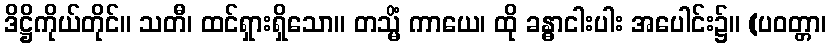
ဒိဋ္ဌိကိုယ်တိုင်။ သတီ၊ ထင်ရှားရှိသော။ တသ္မိံ ကာယေ၊ ထို ခန္ဓာငါးပါး အပေါင်း၌။ (ပဝတ္တာ၊